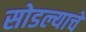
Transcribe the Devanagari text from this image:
सोडल्याचे